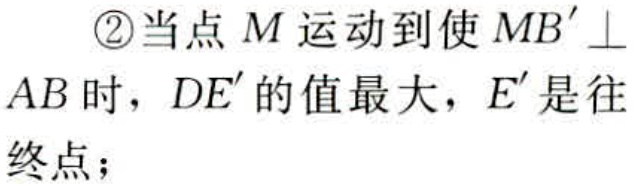
\textcircled{2}当点\(M\)运动到使\(MB^{\prime}\perp AB\)时，\(DE^{\prime}\)的值最大，\(E^{\prime}\)是往终点；